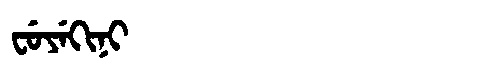
Manchu: ᠸᡠᠶᡝᡴᡳᠨᡳ
Romanization: FUYEKINI